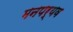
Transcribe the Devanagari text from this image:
मनपर्यव